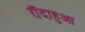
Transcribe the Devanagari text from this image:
रौंदाहुआ